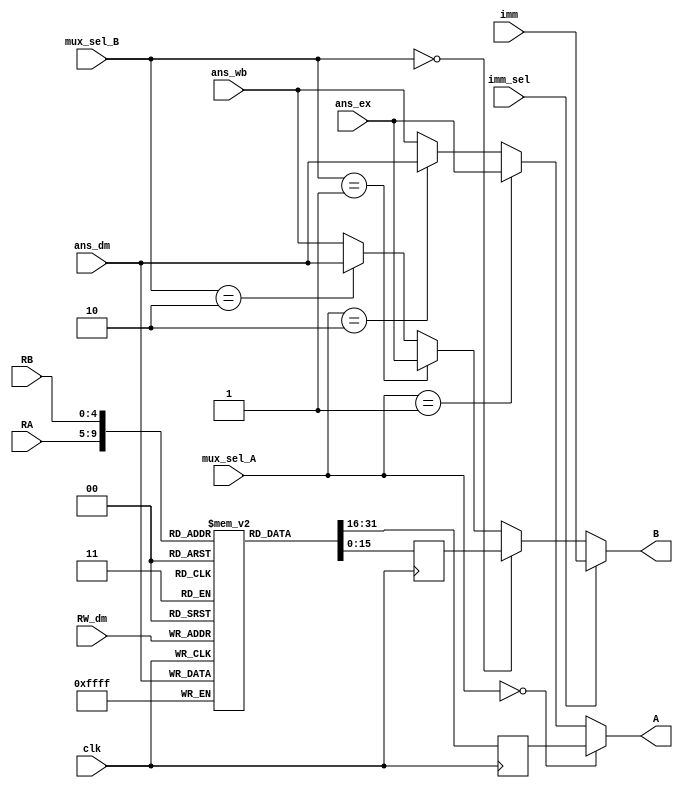
`timescale 1ns / 1ps
//////////////////////////////////////////////////////////////////////////////////
// Company: 
// Engineer: 
// 
// Design Name: 
// Module Name:    Register_Bank_Module 
// Project Name: 
// Target Devices: 
// Tool versions: 
// Description: 
//
// Dependencies: 
//
// Revision: 
// Revision 0.01 - File Created
// Additional Comments: 
//
//////////////////////////////////////////////////////////////////////////////////
module Register_Bank_Module(A, B, ans_ex, ans_dm, ans_wb, imm, RA, RB, RW_dm, mux_sel_A, mux_sel_B, imm_sel, clk);

output [15:0] A, B;

input [15:0] ans_ex, ans_dm, ans_wb, imm;
input [4:0] RA, RB, RW_dm;
input [1:0] mux_sel_A, mux_sel_B;
input imm_sel, clk;

wire [15:0] BI;

reg [15:0] AR, BR;
reg [15:0] reg_bank [0:31];

assign A = (mux_sel_A == 2'b00) ? AR :
			  ((mux_sel_A == 2'b01) ? ans_ex : 
			  ((mux_sel_A == 2'b10) ? ans_dm : ans_wb
			  ));

assign BI = (mux_sel_B == 2'b00) ? BR :
			  ((mux_sel_B == 2'b01) ? ans_ex : 
			  ((mux_sel_B == 2'b10) ? ans_dm : ans_wb
			  ));
			  
assign B = (imm_sel) ? imm : BI;
    
always@(posedge clk)
begin
	AR <= reg_bank[RA];
	BR <= reg_bank[RB];
	reg_bank[RW_dm] <= ans_dm;
end


endmodule